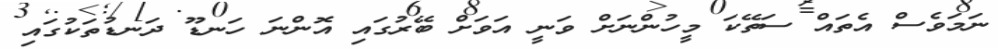
ނަމަވެސް އެތައް ސަތޭކަ މީހުންނަށް ވަނީ އަވަށް ބޭރުގައި އޮންނަ ހަނޑޫ ދަނޑުތަކުގައި